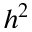
h ^ { 2 }